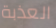
العذبة